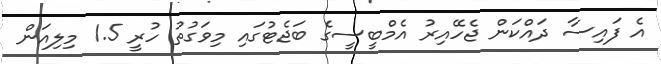
އެ ފައިސާ ދައްކަން ޖެހޭއިރު އެމްބީސީގެ ބަޖެޓުގައި މިވަގުތު ހުރީ 1.5 މިލިއަން